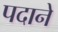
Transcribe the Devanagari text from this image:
पदाने